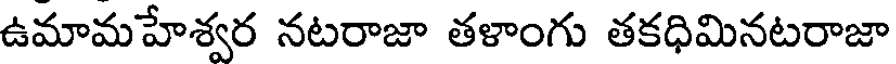
ఉమామహేశ్వర నటరాజా తళాంగు తకధిమినటరాజా